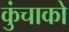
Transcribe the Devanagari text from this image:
कुंचाको